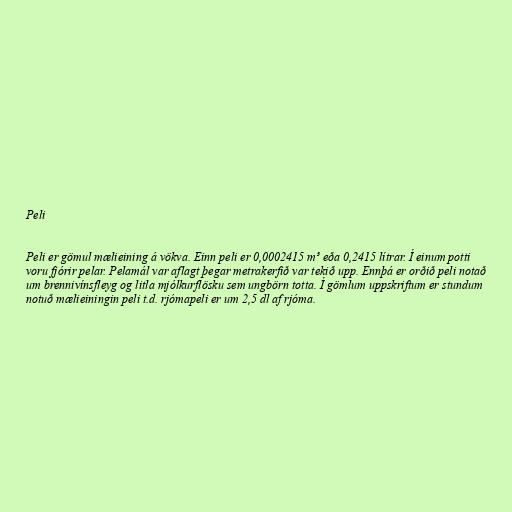
Peli

Peli er gömul mælieining á vökva. Einn peli er 0,0002415 m³ eða 0,2415 lítrar. Í einum potti
voru fjórir pelar. Pelamál var aflagt þegar metrakerfið var tekið upp. Ennþá er orðið peli notað
um brennivínsfleyg og litla mjólkurflösku sem ungbörn totta. Í gömlum uppskriftum er stundum
notuð mælieiningin peli t.d. rjómapeli er um 2,5 dl af rjóma.